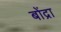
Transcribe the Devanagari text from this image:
बोंद्रा